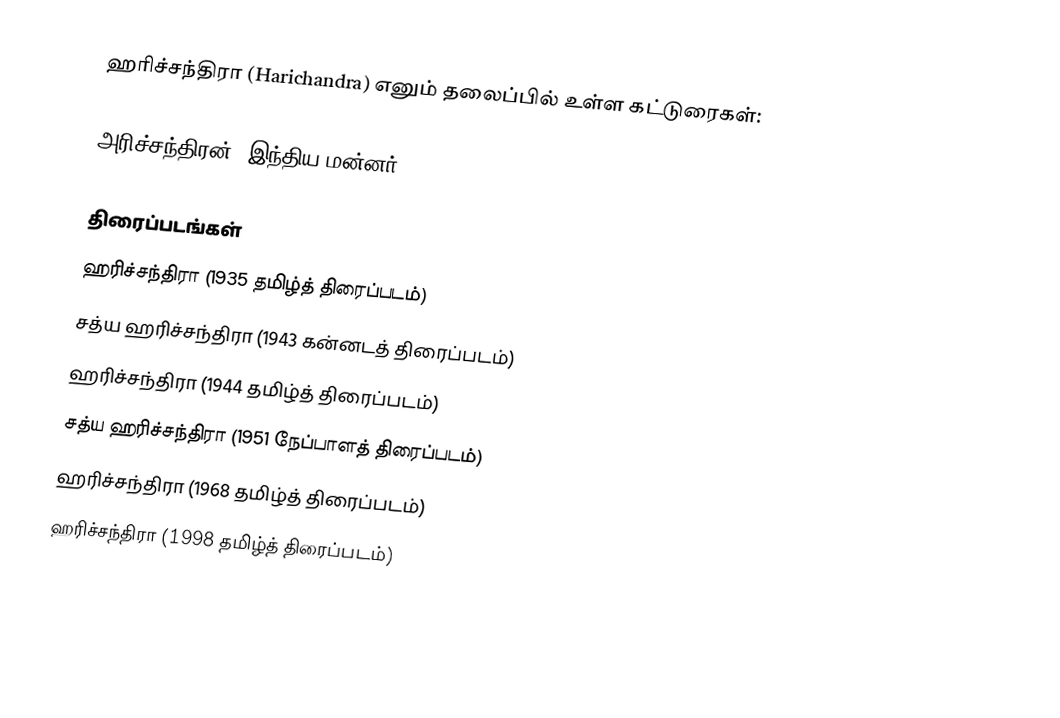
ஹரிச்சந்திரா (Harichandra) எனும் தலைப்பில் உள்ள கட்டுரைகள்:

 அரிச்சந்திரன், இந்திய மன்னர்

திரைப்படங்கள்
 ஹரிச்சந்திரா (1935 தமிழ்த் திரைப்படம்)
 சத்ய ஹரிச்சந்திரா (1943 கன்னடத் திரைப்படம்)
 ஹரிச்சந்திரா (1944 தமிழ்த் திரைப்படம்)
 சத்ய ஹரிச்சந்திரா (1951 நேப்பாளத் திரைப்படம்)
 ஹரிச்சந்திரா (1968 தமிழ்த் திரைப்படம்)
 ஹரிச்சந்திரா (1998 தமிழ்த் திரைப்படம்)